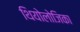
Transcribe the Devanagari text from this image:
थियोलोजिका